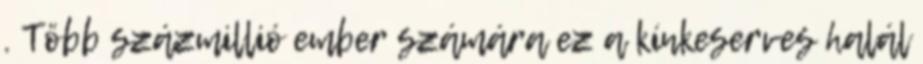
. Több százmillió ember számára ez a kínkeserves halál